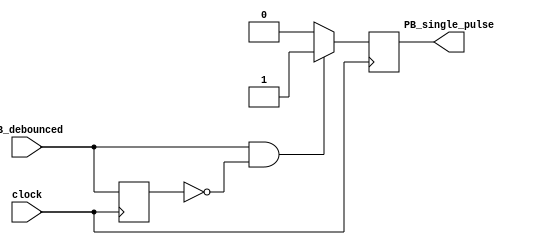
module onepulse (PB_single_pulse, clock, PB_debounced);
  input PB_debounced;
  input clock;
  output PB_single_pulse;
  reg PB_single_pulse;
  reg PB_debounced_delay;
    
  always @(posedge clock)
  begin
    if (PB_debounced == 1'b1 & PB_debounced_delay == 1'b0)
      PB_single_pulse <= 1'b1;
    else
      PB_single_pulse <= 1'b0;

    PB_debounced_delay <= PB_debounced;
  end
endmodule